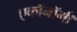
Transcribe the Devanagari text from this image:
एकॉनॉमी